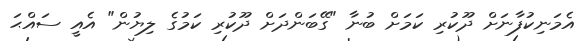
އެމަނިކުފާނަށް ދޫކުރި ކަމަށް ބުނާ "ގޭބަންދަށް ދޫކުރި ކަމުގެ ލިޔުން" އެއީ ސައްޙަ